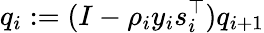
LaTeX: q_{i}:=(I-\rho_{i}y_{i}s_{i}^{\top})q_{i+1}